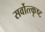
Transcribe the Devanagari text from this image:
सर्वोत्त्कृष्ट